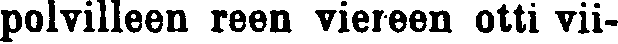
polvilleen reen viereen otti vii-